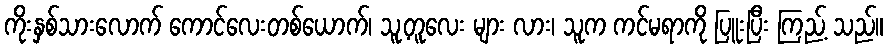
ကိုးနှစ်သားလောက် ကောင်လေးတစ်ယောက်၊ သူ့တူလေး များ လား၊ သူက ကင်မရာကို ပြူးပြီး ကြည့် သည်။